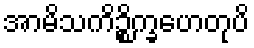
အာမိသကိဉ္စိက္ခဟေတုပိ